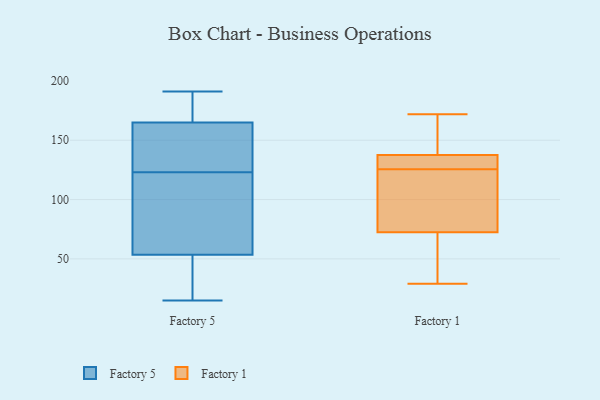
{"axis": {"x": "Satisfaction Score", "y": "Value"}, "legend": ["Factory 1", "Factory 5"], "data": [{"x": "", "y": 58, "type": "Factory 5"}, {"x": "", "y": 100, "type": "Factory 5"}, {"x": "", "y": 190, "type": "Factory 5"}, {"x": "", "y": 136, "type": "Factory 5"}, {"x": "", "y": 161, "type": "Factory 5"}, {"x": "", "y": 15, "type": "Factory 5"}, {"x": "", "y": 74, "type": "Factory 5"}, {"x": "", "y": 33, "type": "Factory 5"}, {"x": "", "y": 136, "type": "Factory 5"}, {"x": "", "y": 49, "type": "Factory 5"}, {"x": "", "y": 45, "type": "Factory 5"}, {"x": "", "y": 169, "type": "Factory 5"}, {"x": "", "y": 145, "type": "Factory 5"}, {"x": "", "y": 191, "type": "Factory 5"}, {"x": "", "y": 110, "type": "Factory 5"}, {"x": "", "y": 182, "type": "Factory 5"}, {"x": "", "y": 73, "type": "Factory 1"}, {"x": "", "y": 126, "type": "Factory 1"}, {"x": "", "y": 144, "type": "Factory 1"}, {"x": "", "y": 72, "type": "Factory 1"}, {"x": "", "y": 53, "type": "Factory 1"}, {"x": "", "y": 131, "type": "Factory 1"}, {"x": "", "y": 29, "type": "Factory 1"}, {"x": "", "y": 99, "type": "Factory 1"}, {"x": "", "y": 125, "type": "Factory 1"}, {"x": "", "y": 131, "type": "Factory 1"}, {"x": "", "y": 172, "type": "Factory 1"}, {"x": "", "y": 158, "type": "Factory 1"}]}